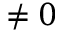
\ne 0